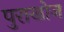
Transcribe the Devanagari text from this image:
पुराखोज